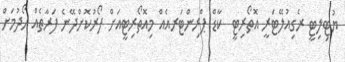
ޔުޓިލިޓީ ރެގިއުލޭޓަރީ އޮތޯރިޓީ  ކާޑް ޕްރިންޓަރއެއް މިއޮތޯރިޓީއަށް ފޯރުކޮށްދޭނެ ފަރާތެއް ހޯދުމަށް